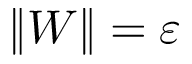
\| W \| = \varepsilon